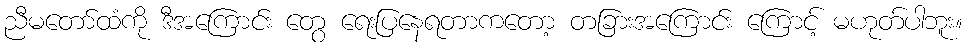
ညီမတော်ထံကို ဒီအကြောင်း တွေ ရေးပြနေရတာကတော့ တခြားအကြောင်း ကြောင့် မဟုတ်ပါဘူး။